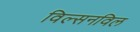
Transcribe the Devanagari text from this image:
विल्सनविल